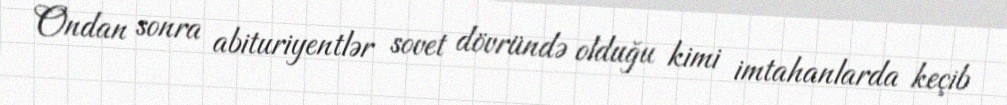
Ondan sonra abituriyentlər sovet dövründə olduğu kimi imtahanlarda keçib